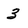
Character: 3